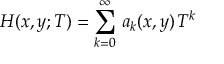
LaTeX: H ( x , y ; T ) = \sum _ { k = 0 } ^ { \infty } \, a _ { k } ( x , y ) \, T ^ { k }